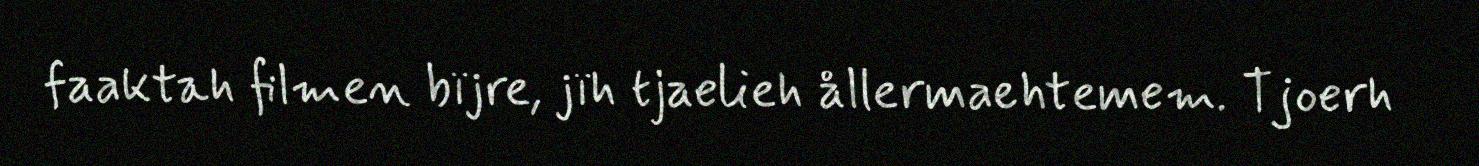
faaktah filmen bïjre, jïh tjaelieh ållermaehtemem. Tjoerh